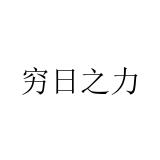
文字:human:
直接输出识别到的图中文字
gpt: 穷日之力